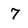
Character: 7